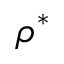
\rho ^ { * }